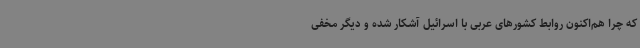
که چرا هم‌اکنون روابط کشورهای عربی با اسرائیل آشکار شده و دیگر مخفی